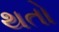
થતો